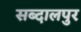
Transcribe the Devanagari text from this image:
सब्दालपुर